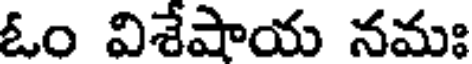
ఓం విశేషాయ నమః